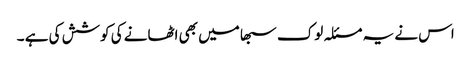
اس نے یہ مسئلہ لوک سبھا میں بھی اٹھانے کی کوشش کی ہے ۔